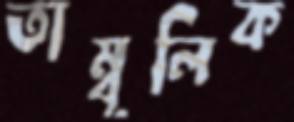
তাম্বূলিক